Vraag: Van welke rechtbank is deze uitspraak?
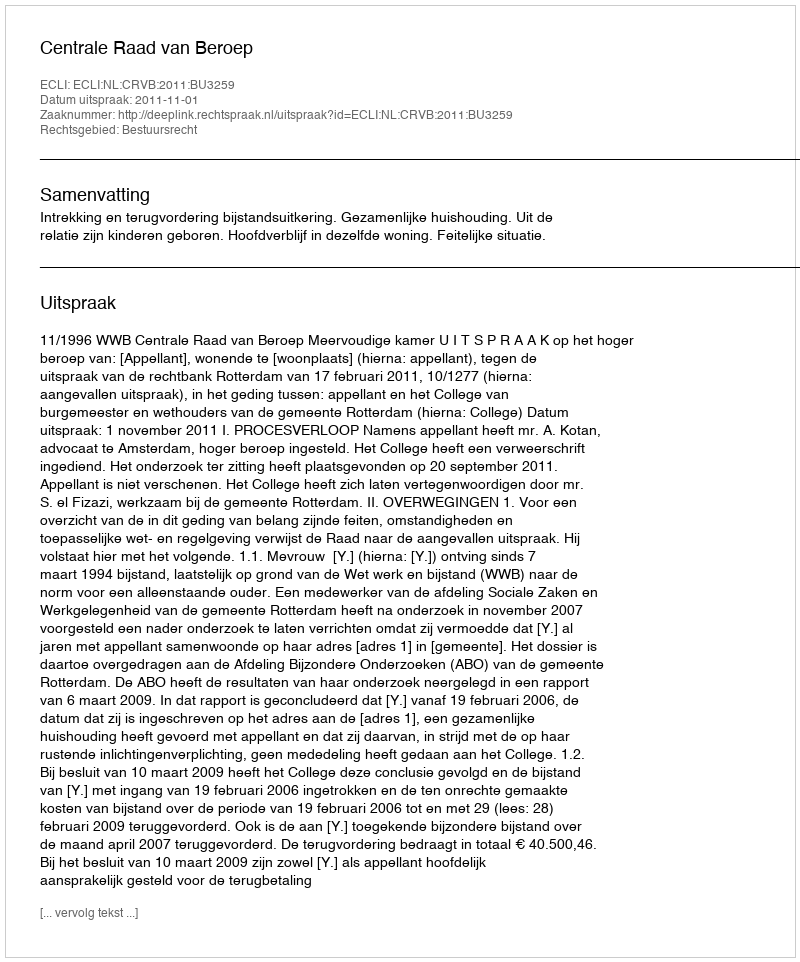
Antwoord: Centrale Raad van Beroep